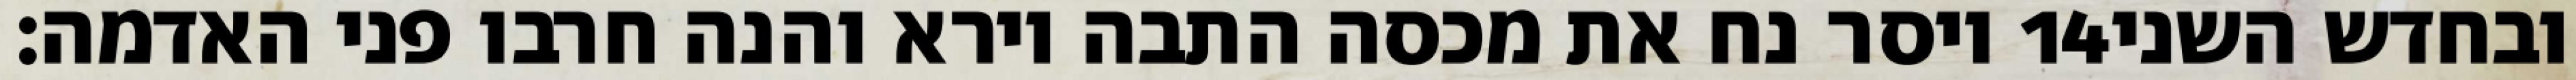
ויסר נח את מכסה התבה וירא והנה חרבו פני האדמה׃ ‎14‏ ובחדש השני